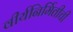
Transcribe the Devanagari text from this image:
वीर्यनिर्मितीची